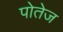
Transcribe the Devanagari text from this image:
पोतेज